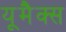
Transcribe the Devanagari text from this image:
यूमैक्स